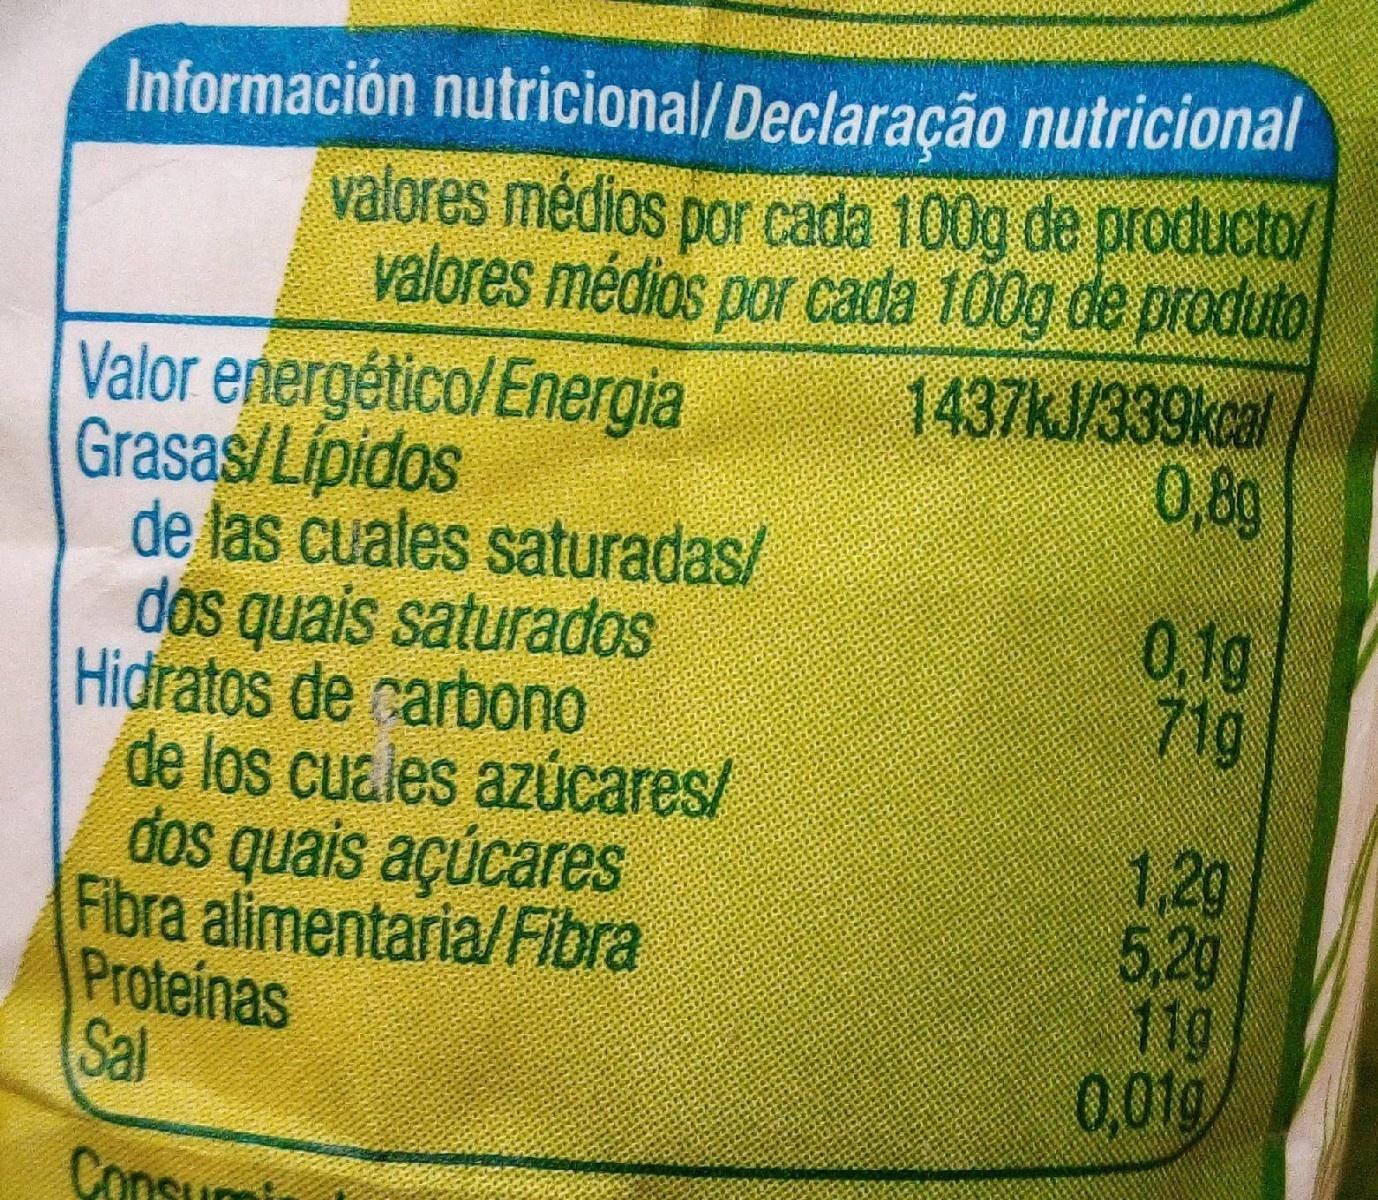
Información nutricional/Declaração nutricional valores médios por cada 100g de producto/ valores médios por cada 100g de produto 1437KJ/339kcal 0,80 Valor energético/Energia Grasas/Lipidos de las cuales saturadas/ dos quais saturados Hidratos de carbono de los cuales azúcares/ dos quais açúcares Fibra alimentaria/Fibra Proteinas Sal 0,1g 71g 1,2g 5,2g 11g 0,01g Consum